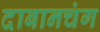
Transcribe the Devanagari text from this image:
दाबानचंग